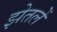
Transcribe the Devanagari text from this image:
झेतलें